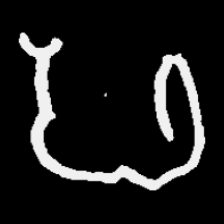
Pyu character \u2014 Myanmar letter: ဖ (romanized: pha)